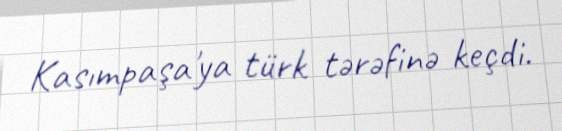
Kasımpaşa'ya türk tərəfinə keçdi.